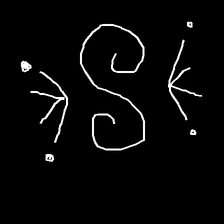
Glyph: aeroform